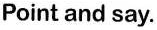
Point and say.